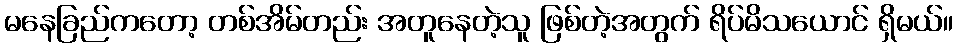
မနေခြည်ကတော့ တစ်အိမ်တည်း အတူနေတဲ့သူ ဖြစ်တဲ့အတွက် ရိပ်မိသယောင် ရှိမယ်။